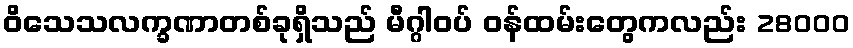
ဝိသေသလက္ခဏာတစ်ခုရှိသည် မီဂ္ဂါဝပ် ဝန်ထမ်းတွေကလည်း 28000